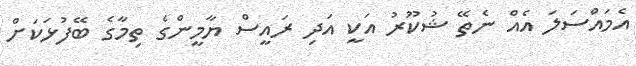
އެމައްސަލަ އެއް ނެތޭ ޝުކޫރު އަކީ އަދި ރައީސް ޔާމީންގެ ތިމާގެ ބޭފުޅަކަށް